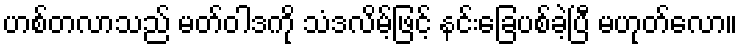
ဟစ်တလာသည် မတ်ဝါဒကို သံဒလိမ့်ဖြင့် နင်းခြေပစ်ခဲ့ပြီ မဟုတ်လော။